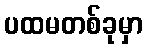
ပထမတစ်ခုမှာ